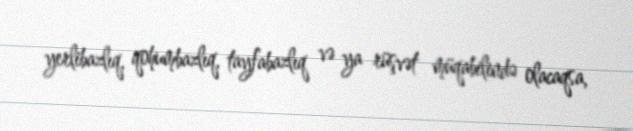
yerlibazlıq, qohumbazlıq, tayfabazlıq və ya rüşvət müqabilində olacaqsa,